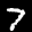
Label: 7